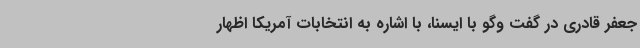
جعفر قادری در گفت وگو با ایسنا، با اشاره به انتخابات آمریکا اظهار